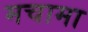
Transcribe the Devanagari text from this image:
मचामा